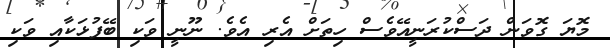
މޮޔަ ގޮވަން ދަސްކުރަނީއޭވެސް ހިތަށް އެރި އެވެ. ނޫނީ ވަކި ބޭފުޅަކާއި ވަކި